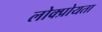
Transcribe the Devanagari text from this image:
लोक्प्रोयता